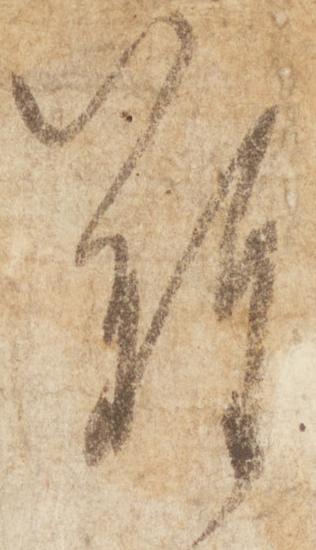
難